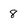
Character: 8